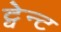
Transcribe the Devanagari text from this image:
ट्वेन्ट